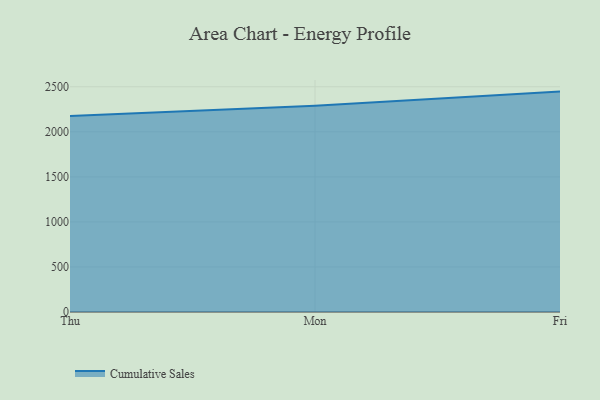
{"axis": {"x": "Day", "y": "Operating Costs (USD K)"}, "legend": ["Cumulative Sales"], "data": [{"x": "Thu", "y": 2176.3, "type": "Cumulative Sales"}, {"x": "Mon", "y": 2289.4, "type": "Cumulative Sales"}, {"x": "Fri", "y": 2446.5, "type": "Cumulative Sales"}]}